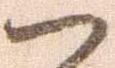
ハ